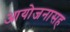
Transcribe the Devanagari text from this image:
आयोजनासह